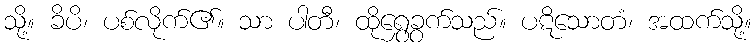
သို့။ ခိပိ၊ ပစ်လိုက်၏။ သာ ပါတီ၊ ထိုရွှေခွက်သည်။ ပဋိသောတံ၊ အထက်သို့။